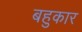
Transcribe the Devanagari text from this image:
बहुकार